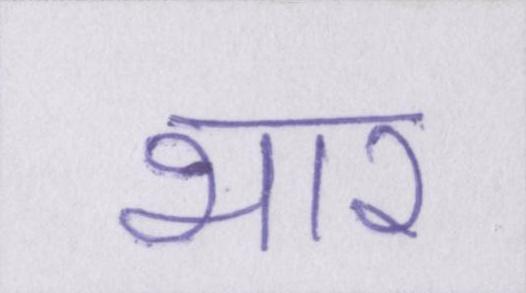
भार